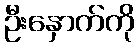
ဦးနှောက်ကို